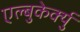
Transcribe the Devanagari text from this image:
एल्बुकेर्क्यु